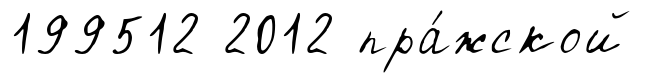
199512 2012 пра́жской